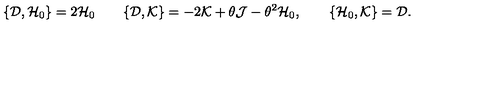
\{ { \cal D } , { \cal H } _ { 0 } \} = 2 { \cal H } _ { 0 } \qquad \{ { \cal D } , { \cal K } \} = - 2 { \cal K } + \theta { \cal J } - \theta ^ { 2 } { \cal H } _ { 0 } , \qquad \{ { \cal H } _ { 0 } , { \cal K } \} = { \cal D } .